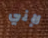
لإني